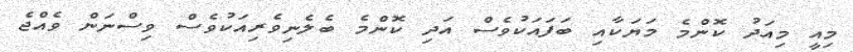
މިއީ މިއަދު ކޮންމެ މަޔަކާއި ބަފައަކުވެސް އަދި ކޮންމެ ބެލެނިވެރިއަކުވެސް ވިސްނަން ވެއްޖެ